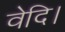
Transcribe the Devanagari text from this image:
वेदि।